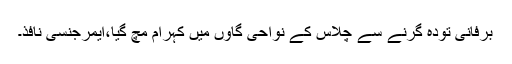
برفانی تودہ گرنے سے چلاس کے نواحی گاوں میں کہرام مچ گیا،ایمرجنسی نافذ۔